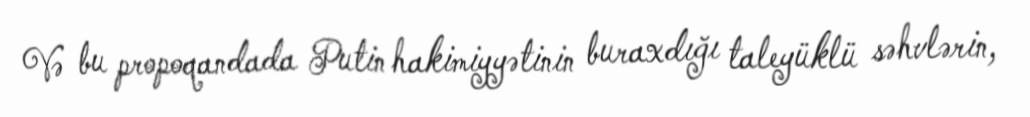
Və bu propoqandada Putin hakimiyyətinin buraxdığı taleyüklü səhvlərin,